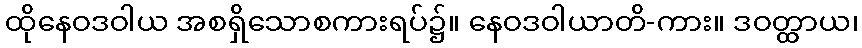
ထိုနေဝဒဝါယ အစရှိသောစကားရပ်၌။ နေဝဒဝါယာတိ-ကား။ ဒဝတ္ထာယ၊